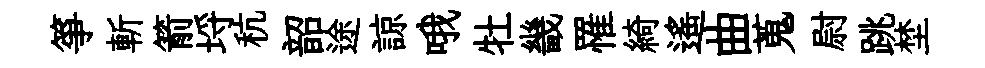
箏斬箭埓秔韶途諒哦牡畿罹綺遥曲蒐尉跳埜